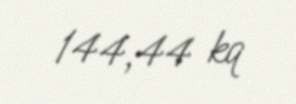
144,44 kq